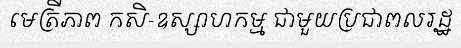
មេត្រីភាព កសិ-ឧស្សាហកម្ម ជាមួយប្រជាពលរដ្ឋ